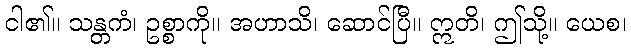
ငါ၏။ သန္တကံ၊ ဥစ္စာကို။ အဟာသိ၊ ဆောင်ပြီ။ ဣတိ၊ ဤသို့။ ယေစ၊